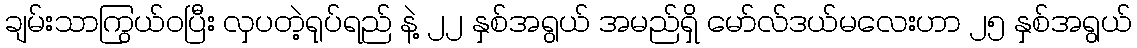
ချမ်းသာကြွယ်ဝပြီး လှပတဲ့ရုပ်ရည် နဲ့ ၂၂ နှစ်အရွယ် အမည်ရှိ မော်လ်ဒယ်မလေးဟာ ၂၅ နှစ်အရွယ်